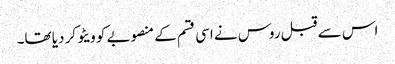
اس سے قبل روس نے اسی قسم کے منصوبے کو ویٹو کر دیا تھا۔